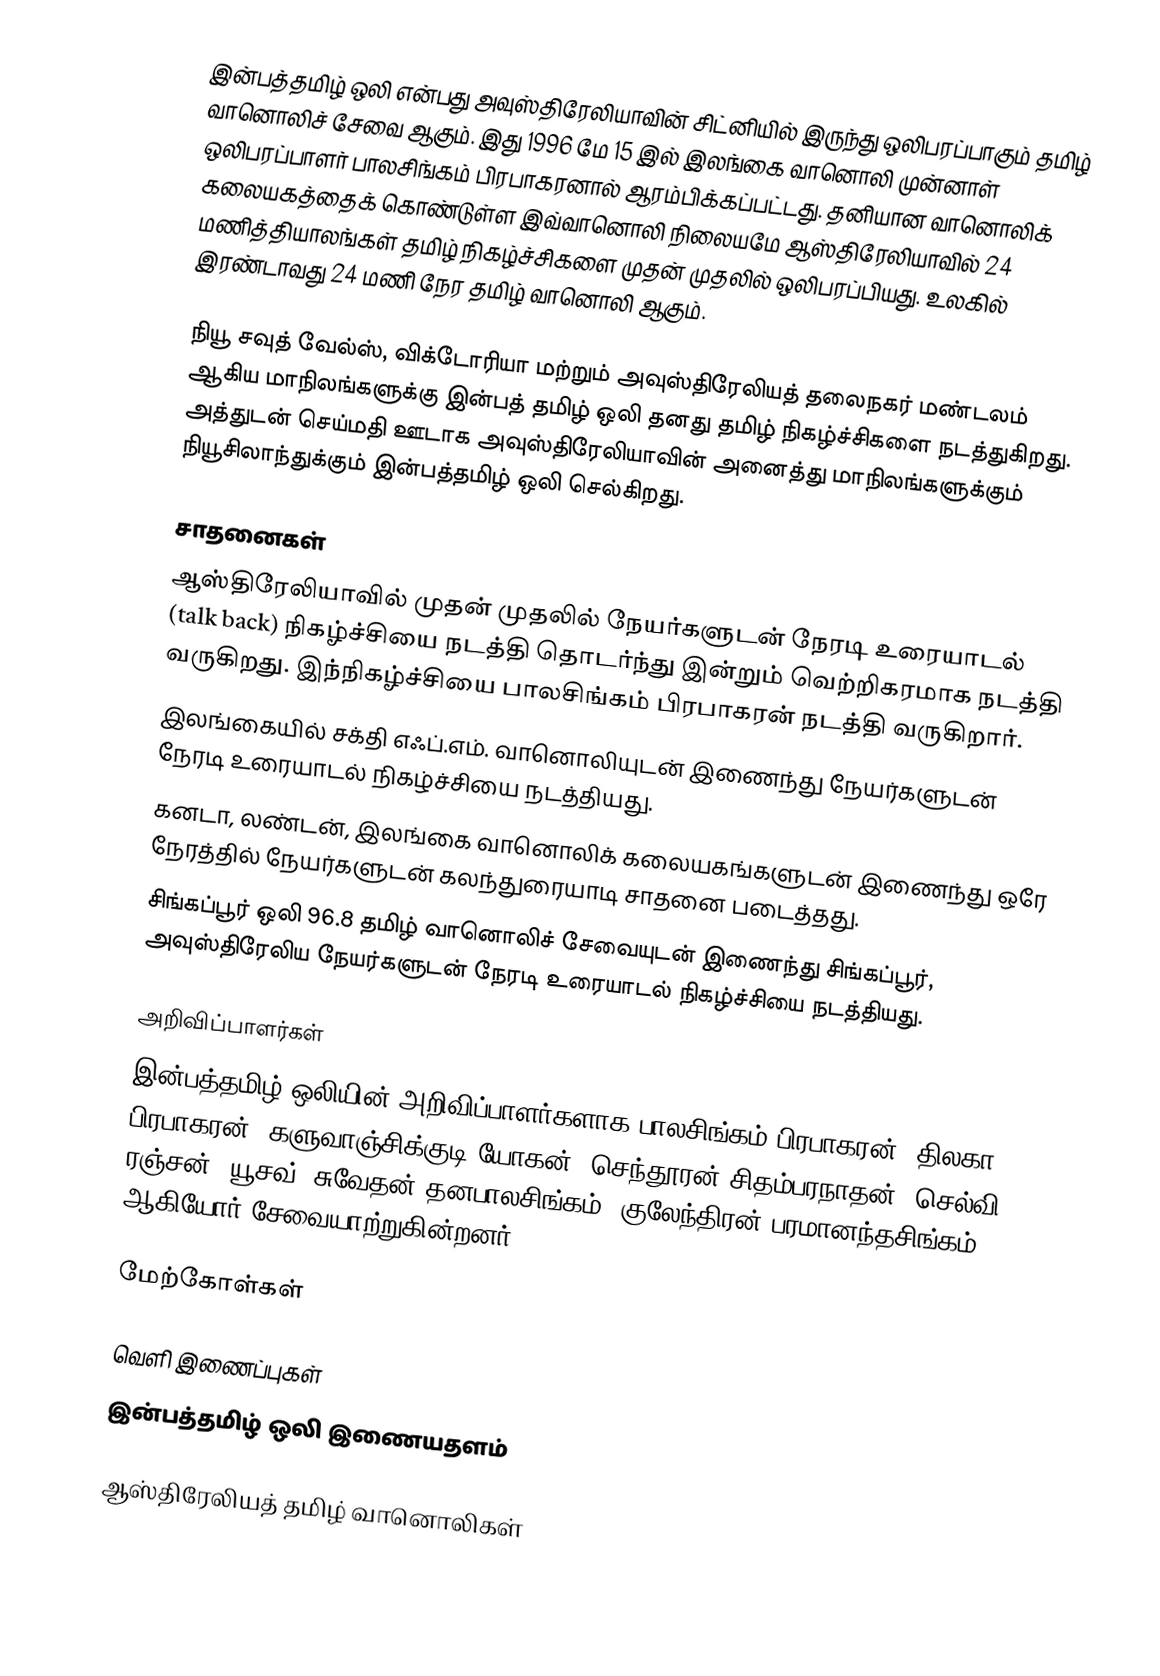
இன்பத்தமிழ் ஒலி என்பது அவுஸ்திரேலியாவின் சிட்னியில் இருந்து ஒலிபரப்பாகும் தமிழ் வானொலிச் சேவை ஆகும். இது 1996 மே 15 இல் இலங்கை வானொலி முன்னாள் ஒலிபரப்பாளர் பாலசிங்கம் பிரபாகரனால் ஆரம்பிக்கப்பட்டது. தனியான வானொலிக் கலையகத்தைக் கொண்டுள்ள இவ்வானொலி நிலையமே ஆஸ்திரேலியாவில் 24 மணித்தியாலங்கள் தமிழ் நிகழ்ச்சிகளை முதன் முதலில் ஒலிபரப்பியது. உலகில் இரண்டாவது 24 மணி நேர தமிழ் வானொலி ஆகும்.

நியூ சவுத் வேல்ஸ், விக்டோரியா மற்றும் அவுஸ்திரேலியத் தலைநகர் மண்டலம் ஆகிய மாநிலங்களுக்கு இன்பத் தமிழ் ஒலி தனது தமிழ் நிகழ்ச்சிகளை நடத்துகிறது. அத்துடன் செய்மதி ஊடாக அவுஸ்திரேலியாவின் அனைத்து மாநிலங்களுக்கும் நியூசிலாந்துக்கும் இன்பத்தமிழ் ஒலி செல்கிறது.

சாதனைகள்
 ஆஸ்திரேலியாவில் முதன் முதலில் நேயர்களுடன் நேரடி உரையாடல் (talk back) நிகழ்ச்சியை நடத்தி தொடர்ந்து இன்றும் வெற்றிகரமாக நடத்தி வருகிறது. இந்நிகழ்ச்சியை பாலசிங்கம் பிரபாகரன் நடத்தி வருகிறார்.
 இலங்கையில் சக்தி எஃப்.எம். வானொலியுடன் இணைந்து நேயர்களுடன் நேரடி உரையாடல் நிகழ்ச்சியை நடத்தியது.
 கனடா, லண்டன், இலங்கை வானொலிக் கலையகங்களுடன் இணைந்து ஒரே நேரத்தில் நேயர்களுடன் கலந்துரையாடி சாதனை படைத்தது.
 சிங்கப்பூர் ஒலி 96.8 தமிழ் வானொலிச் சேவையுடன் இணைந்து சிங்கப்பூர், அவுஸ்திரேலிய நேயர்களுடன் நேரடி உரையாடல் நிகழ்ச்சியை நடத்தியது.

அறிவிப்பாளர்கள்
இன்பத்தமிழ் ஒலியின் அறிவிப்பாளர்களாக பாலசிங்கம் பிரபாகரன், திலகா பிரபாகரன், களுவாஞ்சிக்குடி யோகன், செந்தூரன் சிதம்பரநாதன், செல்வி ரஞ்சன், யூசவ், சுவேதன் தனபாலசிங்கம், குலேந்திரன் பரமானந்தசிங்கம் ஆகியோர் சேவையாற்றுகின்றனர்.

மேற்கோள்கள்

வெளி இணைப்புகள்
இன்பத்தமிழ் ஒலி இணையதளம்

ஆஸ்திரேலியத் தமிழ் வானொலிகள்